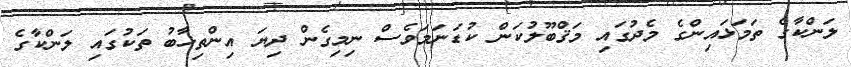
ލަންކާގެ ތަމަޅައިންގެ މެދުގައި މަޤްބޫލުކަން ކުޑަނަމަވެސް ނިމިގެން ދިޔަ އިންތިޚާބު ތަކުގައި ލަންކާގެ